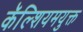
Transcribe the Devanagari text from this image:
कॅल्शियमयुक्त